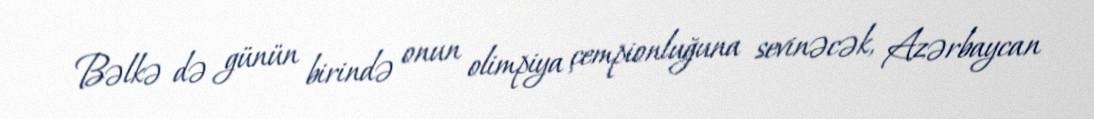
Bəlkə də günün birində onun olimpiya çempionluğuna sevinəcək, Azərbaycan